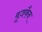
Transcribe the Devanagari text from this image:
बूज़कैन